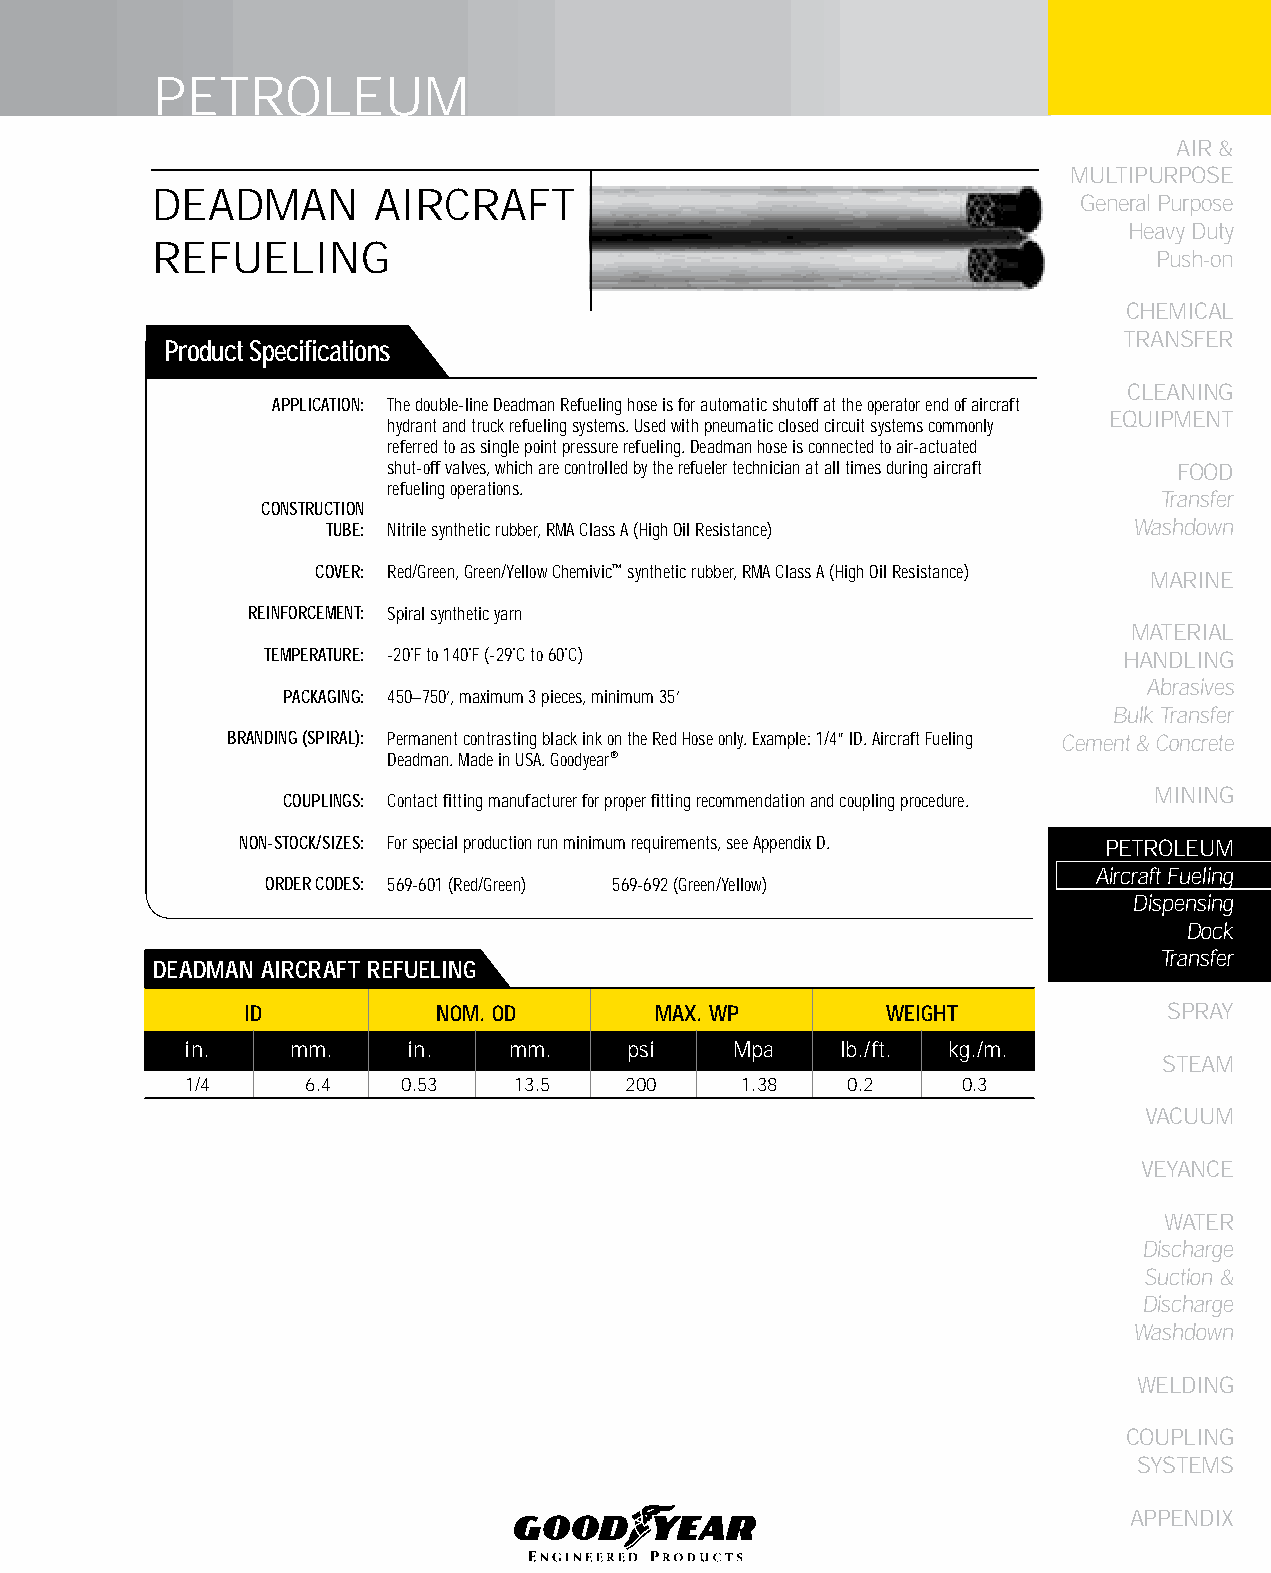
PETROLEUM
 AIR &
 MULTIPURPOSE
 DEADMAN        AIRCRAFT
 General Purpose
 Heavy Duty
 REFUELING
 Push-on
 CHEMICAL
 TRANSFER
 Product Specifications
 CLEANING
 APPLICATION: The double-line Deadman Refueling hose is for automatic shutoff at the operator end of aircraft
 EqUIPMENT
 hydrant and truck refueling systems. Used with pneumatic closed circuit systems commonly
 referred to as single point pressure refueling. Deadman hose is connected to air-actuated
 shut-off valves, which are controlled by the refueler technician at all times during aircraft FOOD
 refueling operations.
 Transfer
 CONSTRUCTION
 TUBE: Nitrile synthetic rubber, RMA Class A (High Oil Resistance) Washdown
 COVER: Red/Green, Green/Yellow Chemivic™ synthetic rubber, RMA Class A (High Oil Resistance)
 MARINE
 REINFORCEMENT: Spiral synthetic yarn
 MATERIAL
 TEMPERATURE: -20˚F to 140˚F (-29˚C to 60˚C)             HANDLING
 Abrasives
 PACKAGING: 450–750’, maximum 3 pieces, minimum 35’
 Bulk Transfer
 BRANDING (SPIRAL): Permanent contrasting black ink on the Red Hose only. Example: 1/4” ID. Aircraft Fueling Cement & Concrete
 Deadman. Made in USA. Goodyear®
 MINING
 COUPLINGS: Contact fitting manufacturer for proper fitting recommendation and coupling procedure.
 NON-STOCK/SIZES: For special production run minimum requirements, see Appendix D. PETROLEUM
 Aircraft Fueling
 ORDER CODES: 569-601 (Red/Green) 569-692 (Green/Yellow)
 Dispensing
 Dock
 Transfer
 DEADMAN AIRCRAfT REfUELING
 ID           NOM. OD       MAX. WP         WEIGHT            SPRAY
 in.    mm.     in.    mm.     psi    Mpa    lb./ft. kg./m.
 STEAM
 1/4     6.4    0.53   13.5   200     1.38   0.2     0.3
 VACUUM
 VEYANCE
 WATER
 Discharge
 Suction &
 Discharge
 Washdown
 WELDING
 COUPLING
 SYSTEMS
 APPENDIX
 149